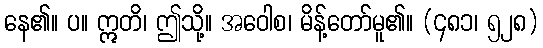
နေ၏။ ပ။ ဣတိ၊ ဤသို့။ အဝေါစ၊ မိန့်တော်မူ၏။ (၄၈၁၊ ၅၂၈)